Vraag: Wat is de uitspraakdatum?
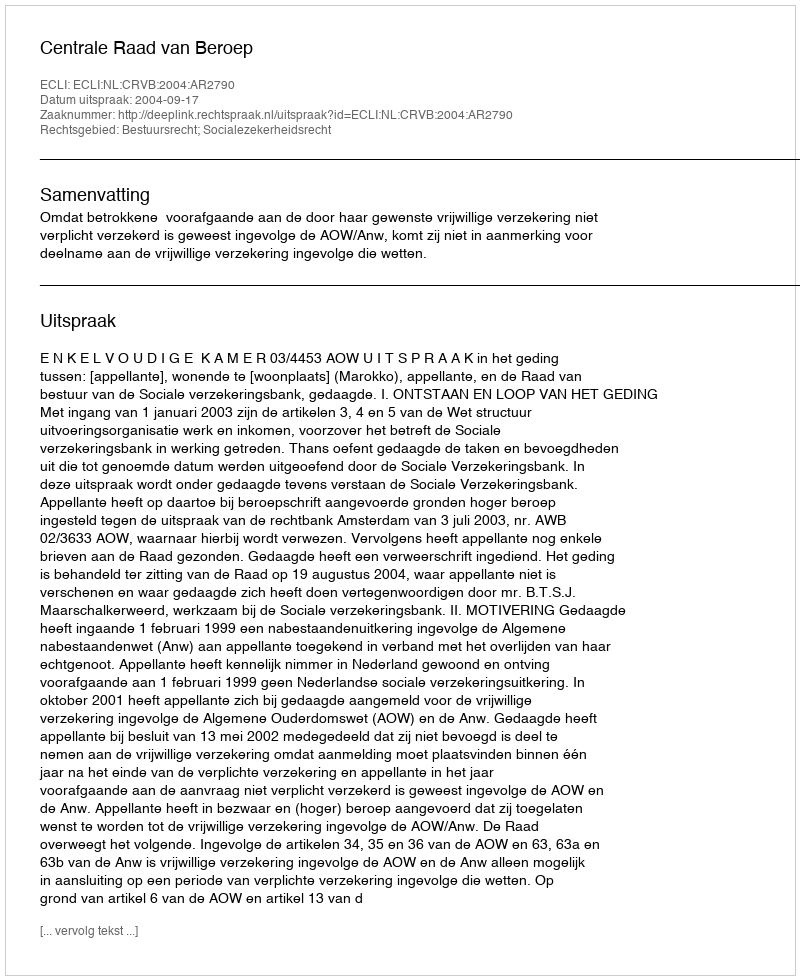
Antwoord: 2004-09-17